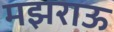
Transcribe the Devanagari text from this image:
मझराऊ